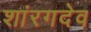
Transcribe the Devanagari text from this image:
शांरगदेव